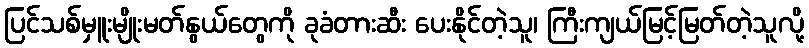
ပြင်သစ်မှူးမျိုးမတ်နွယ်တွေကို ခုခံတားဆီး ပေးနိုင်တဲ့သူ၊ ကြီးကျယ်မြင့်မြတ်တဲ့သူလို့